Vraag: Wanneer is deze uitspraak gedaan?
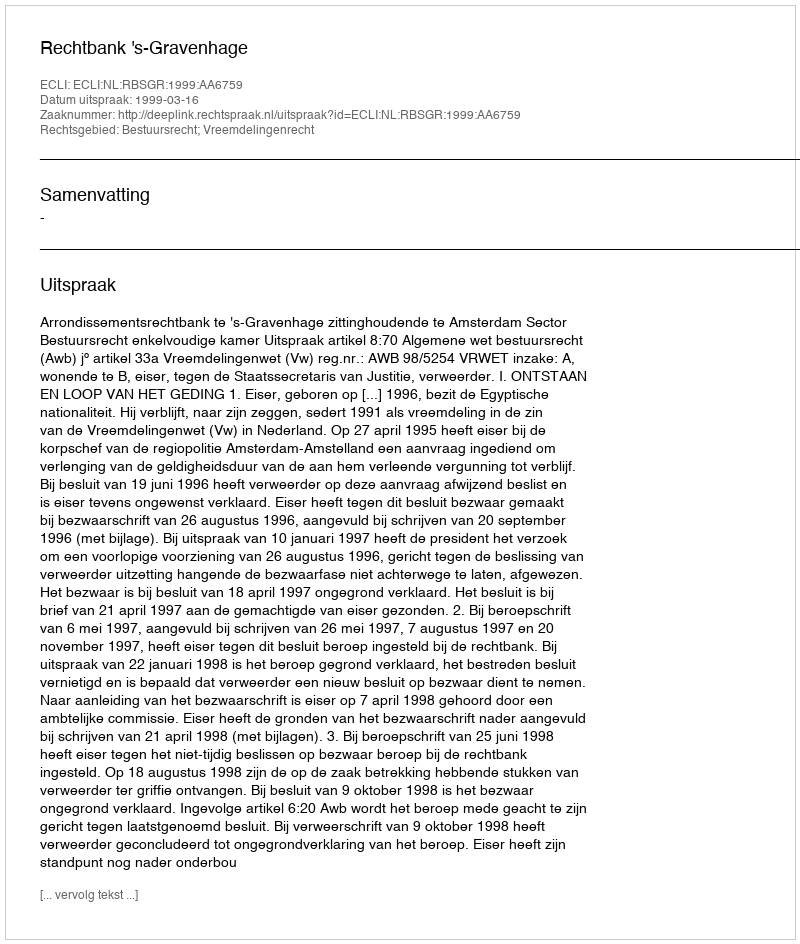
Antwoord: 1999-03-16